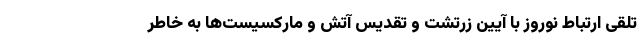
تلقی ارتباط نوروز با آیین زرتشت و تقدیس آتش و مارکسیست‌ها به خاطر